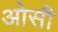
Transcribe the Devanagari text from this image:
ओसी